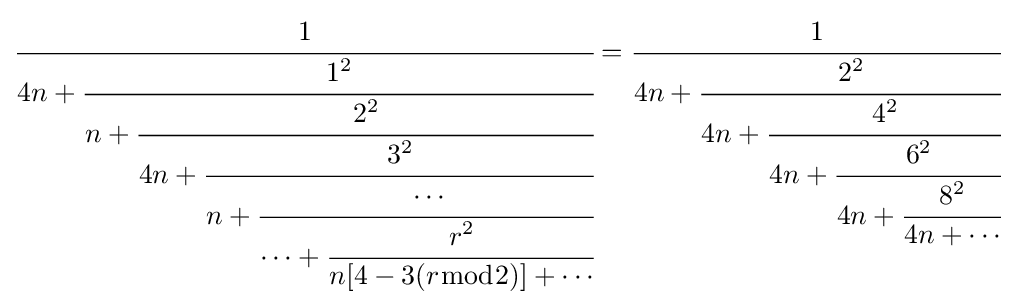
{\cfrac {1}{4n+{\cfrac {1^{2}}{n+{\cfrac {2^{2}}{4n+{\cfrac {3^{2}}{n+{\cfrac {\cdots }{\cdots +{\cfrac {r^{2}}{n[4-3(r{\bmod {2}})]+\cdots }}}}}}}}}}}}={\cfrac {1}{4n+{\cfrac {2^{2}}{4n+{\cfrac {4^{2}}{4n+{\cfrac {6^{2}}{4n+{\cfrac {8^{2}}{4n+\cdots }}}}}}}}}}